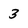
Character: 3